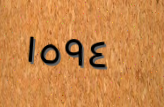
١٥٩٤